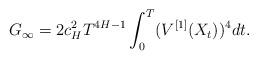
LaTeX: \begin{align*} G_\infty =2 c_H^2 T ^{4H-1}\int^T_0 (V^{[1]}(X_{t}))^4 dt.\end{align*}